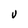
Character: V